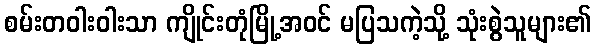
စမ်းတဝါးဝါးသာ ကျိုင်းတုံမြို့အဝင် မပြသကဲ့သို့ သုံးစွဲသူများ၏